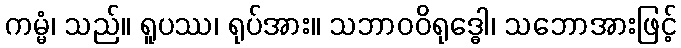
ကမ္မံ၊ သည်။ ရူပဿ၊ ရုပ်အား။ သဘာဝဝိရုဒ္ဓေါ၊ သဘောအားဖြင့်